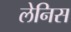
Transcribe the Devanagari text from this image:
लेनिस